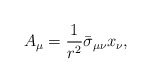
\begin{align*}A_{\mu }=\frac{1}{r^{2}}\bar{\sigma}_{\mu \nu }x_{\nu },\end{align*}